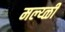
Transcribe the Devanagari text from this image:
मल्य्ळी